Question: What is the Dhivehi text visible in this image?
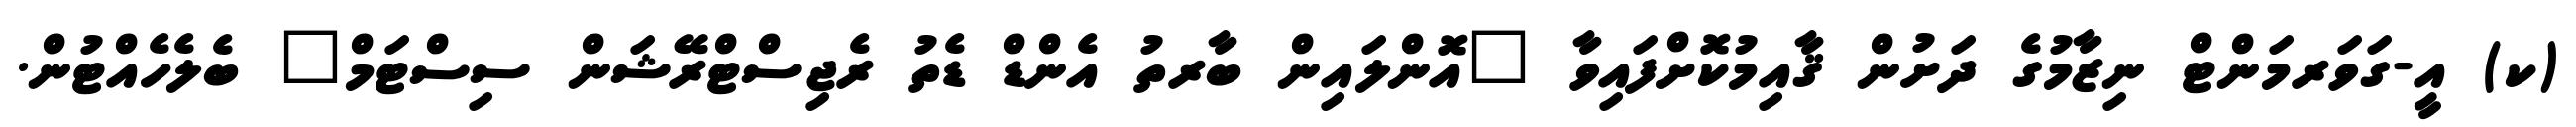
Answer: (ކ) އީ-ގަވަރމަންޓް ނިޒާމުގެ ދަށުން ޤާއިމުކޮށްފައިވާ "އޮންލައިން ބާރތު އެންޑް ޑެތު ރެޖިސްޓްރޭޝަން ސިސްޓަމް" ބެލެހެއްޓުން.